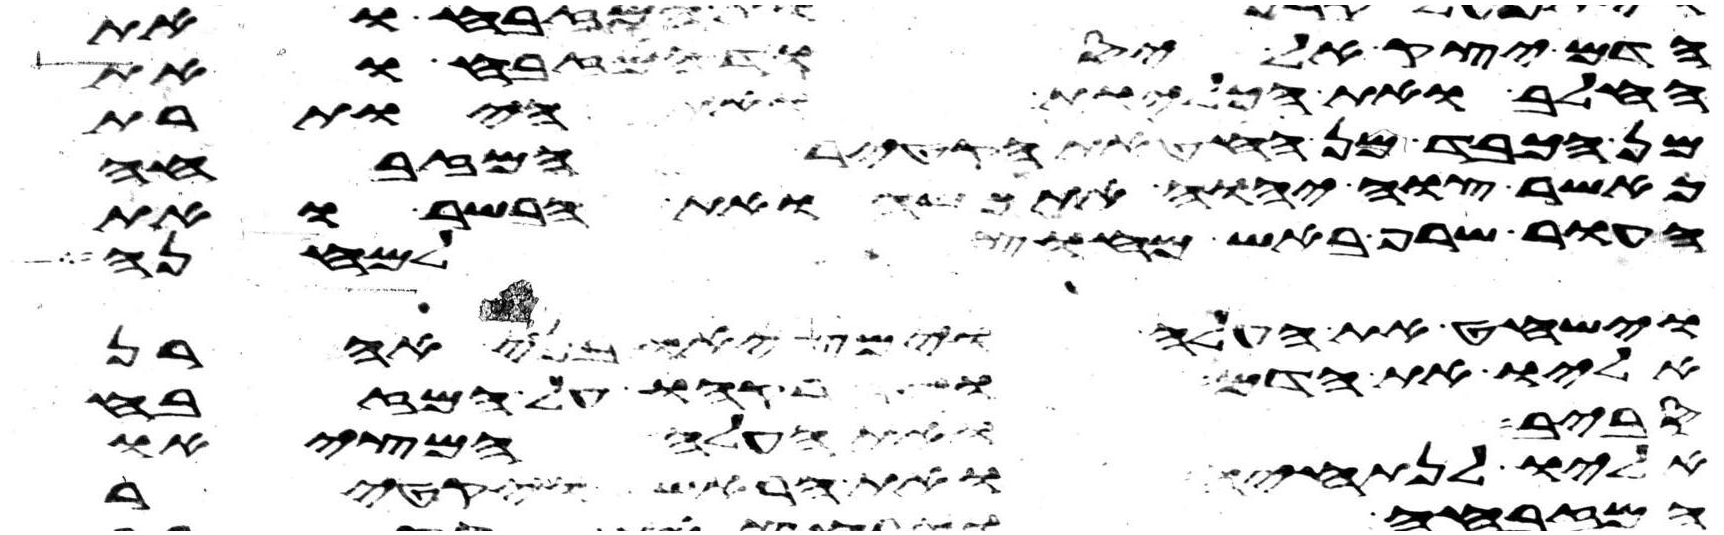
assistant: הדם יצק אל יסוד המזבח ואת
החלב ואת הכליות ואת היותרת
מן הכבד מן החטאת הקטיר המזבחה
כאשר צוה יהוה את משה ואת הבשר ואת
העור שרף באש מחוץ למחנה
וישחט את העלה וימציאו בני אהרן
אליו את הדם ויזרקהו על המזבח
סביב ואת העלה המציאו
אליו לנתחיה ואת הראש ויקטר